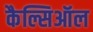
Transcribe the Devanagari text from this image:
कैल्सिऑल